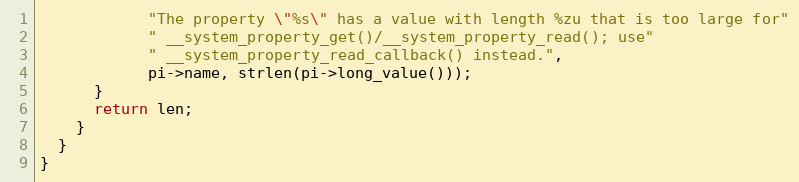
Language: C++
            "The property \"%s\" has a value with length %zu that is too large for"
            " __system_property_get()/__system_property_read(); use"
            " __system_property_read_callback() instead.",
            pi->name, strlen(pi->long_value()));
      }
      return len;
    }
  }
}